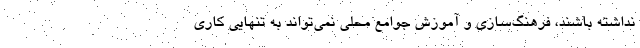
نداشته باشند، فرهنگ‌سازی و آموزش جوامع محلی نمی‌تواند به تنهایی کاری